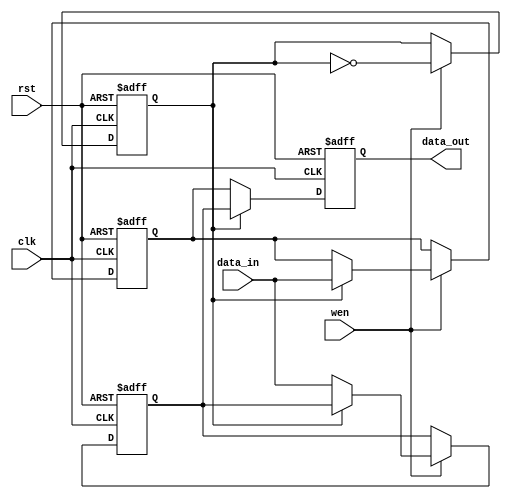
module double_buffer_register #(
    parameter DATA_WIDTH = 8  // Adjustable data width
)(
    input wire clk,           // Clock signal
    input wire rst,           // Asynchronous reset
    input wire wen,           // Write enable signal
    input wire [DATA_WIDTH-1:0] data_in,  // Data input
    output reg [DATA_WIDTH-1:0] data_out   // Data output
);
    
    reg [DATA_WIDTH-1:0] Reg_A; // First register
    reg [DATA_WIDTH-1:0] Reg_B; // Second register
    reg toggle;                 // Register toggle signal

    always @(posedge clk or posedge rst) begin
        if (rst) begin
            // Clear both registers on reset
            Reg_A <= {DATA_WIDTH{1'b0}};
            Reg_B <= {DATA_WIDTH{1'b0}};
            toggle <= 1'b0; // Initialize toggle
            data_out <= {DATA_WIDTH{1'b0}}; // Initialize data_out
        end else begin
            if (wen) begin
                // Write data to the active register based on the toggle signal
                if (toggle) begin
                    Reg_A <= data_in;     // Write to Reg_A
                end else begin
                    Reg_B <= data_in;     // Write to Reg_B
                end
                // Toggle the active register for the next write
                toggle <= ~toggle;
            end
            // Read data from the non-active register
            if (toggle) begin
                data_out <= Reg_B; // Output from Reg_B
            end else begin
                data_out <= Reg_A; // Output from Reg_A
            end
        end
    end

endmodule